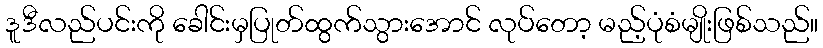
ဒူဒီလည်ပင်းကို ခေါင်းမှပြုတ်ထွက်သွားအောင် လုပ်တော့ မည့်ပုံစံမျိုးဖြစ်သည်။